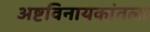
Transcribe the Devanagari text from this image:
अष्टविनायकांतला